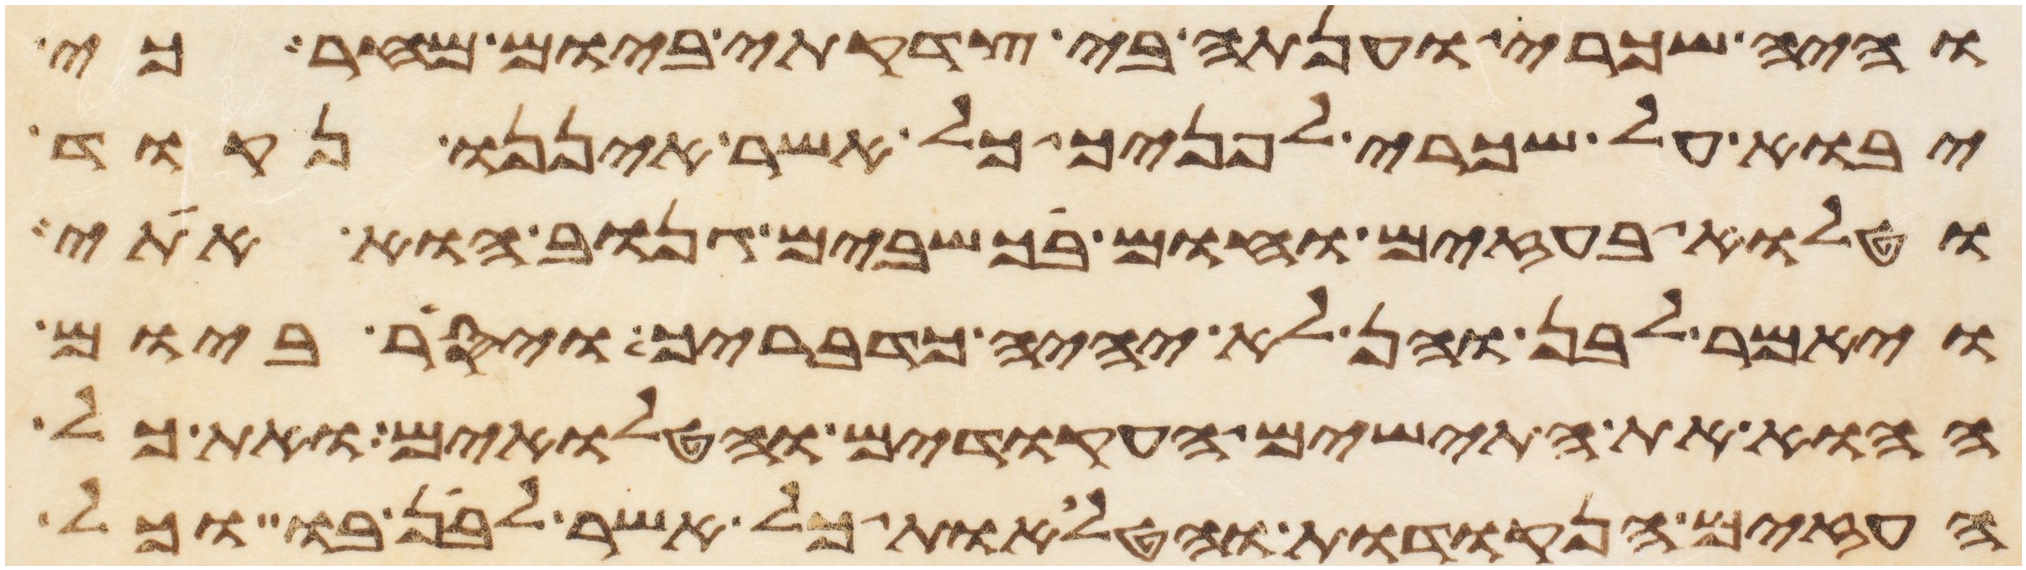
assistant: והיה שכרי וענתה בי צדקתי ביום מחר כי
יבוא על שכרי לפניך כל אשר איננו נקוד
וטלוא בעזים וחום בכשבים גנוב הוא אתי
ויאמר לבן והן לא יהיה כדבריך ויסר ביום
ההוא את התישים העקודים והטלואים ואת כל
העזים הנקודות והטלואת כל אשר לבן בו וכל